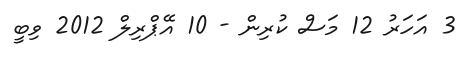
3 އަހަރު 12 މަސް ކުރިން - 10 އޭޕްރިލް 2012 ވިބީ